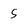
Character: 5